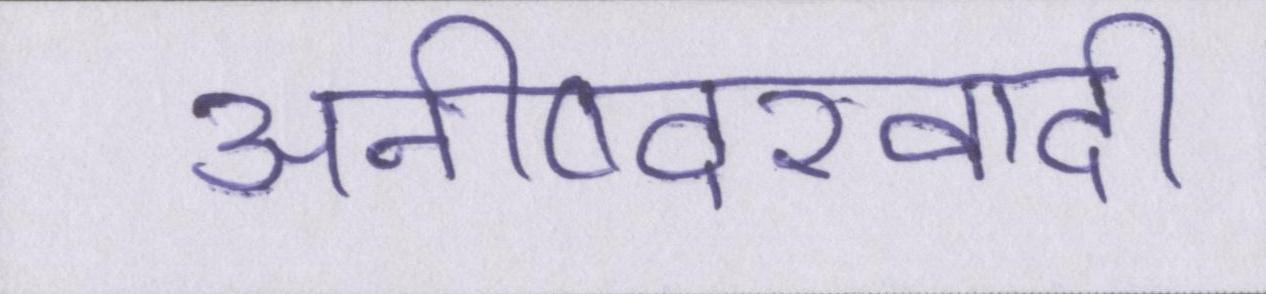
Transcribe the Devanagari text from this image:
अनीष्वरवादी